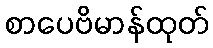
စာပေဗိမာန်ထုတ်